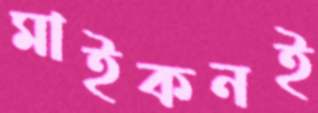
মাইকনই